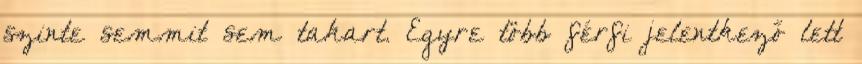
szinte semmit sem takart. Egyre több férfi jelentkező lett